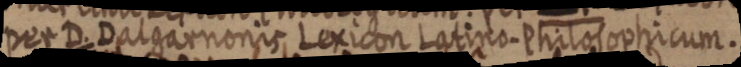
per D. Dalgarnonis Lexicon Latino Philosophicum.